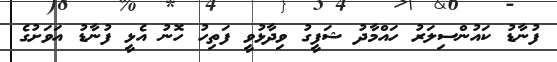
ފުނާޑު ކައުންސިލަރު ހައްމާދު ޝަފީގު ވިދާޅުވީ ފަތިހު ހޮނު އެޅީ ފުނާޑު އަވަށުގެ